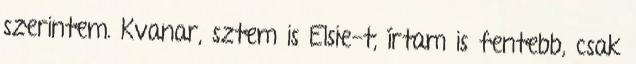
szerintem. Kvanar, sztem is Elsie-t, írtam is fentebb, csak